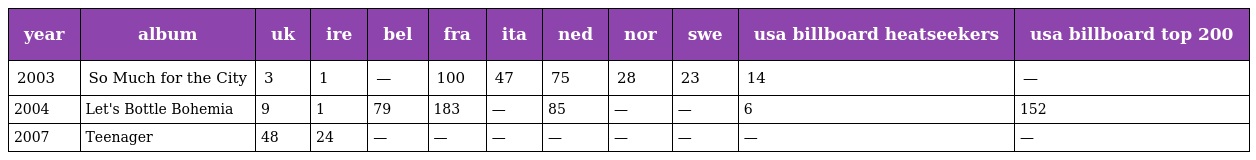
| year | album | uk | ire | bel | fra | ita | ned | nor | swe | usa billboard heatseekers | usa billboard top 200 |
 | --- | --- | --- | --- | --- | --- | --- | --- | --- | --- | --- | --- |
 | 2003 | So Much for the City | 3 | 1 | — | 100 | 47 | 75 | 28 | 23 | 14 | — |
 | 2004 | Let's Bottle Bohemia | 9 | 1 | 79 | 183 | — | 85 | — | — | 6 | 152 |
 | 2007 | Teenager | 48 | 24 | — | — | — | — | — | — | — | — |